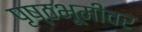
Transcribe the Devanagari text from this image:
पृष्ठभूमीवर